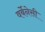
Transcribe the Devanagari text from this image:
वर्बेनेसी